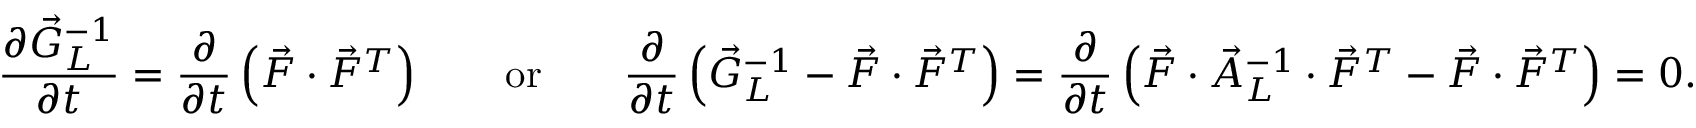
\frac { \partial \vec { G } _ { L } ^ { - 1 } } { \partial t } = \frac { \partial } { \partial t } \left( \vec { F } \cdot \vec { F } ^ { T } \right) \qquad \mathrm { o r } \qquad \frac { \partial } { \partial t } \left( \vec { G } _ { L } ^ { - 1 } - \vec { F } \cdot \vec { F } ^ { T } \right) = \frac { \partial } { \partial t } \left( \vec { F } \cdot \vec { A } _ { L } ^ { - 1 } \cdot \vec { F } ^ { T } - \vec { F } \cdot \vec { F } ^ { T } \right) = \boldsymbol { 0 } .